Bombay plague: being a history of the progress of plague in the Bombay presidency from September 1896 to June 1899
Year: 1896
Disease focus: Plague
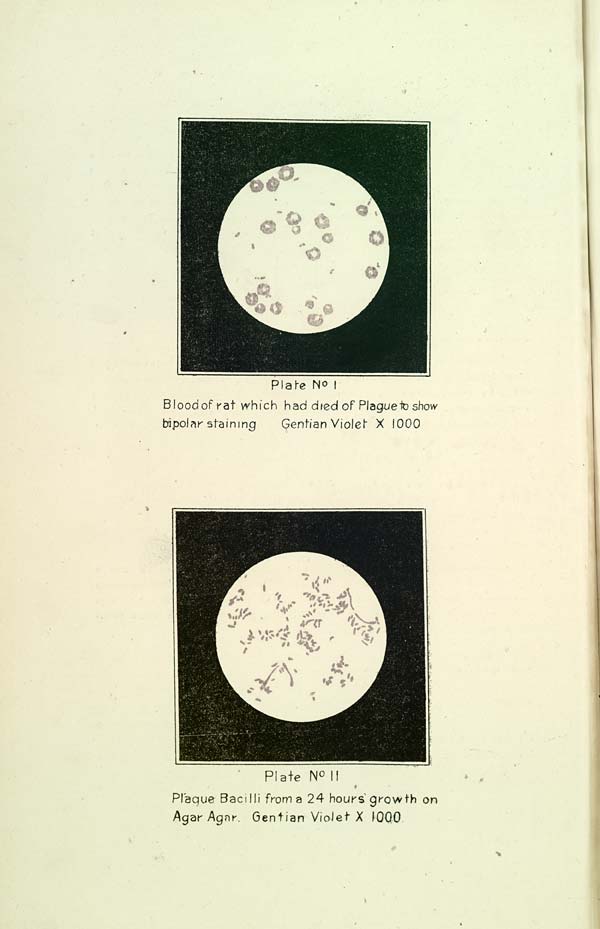
Plate No I
Blood of rat which had died of Plague to show
bipolar staining
Gentian Violet X 1000
Plate No II
Plague Bacilli from a 24 hours growth on
Agar Agar. Gentian Violet X 1000.